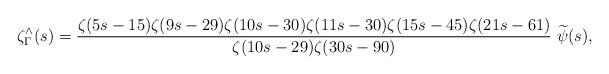
LaTeX: \begin{align*} \zeta^{\wedge}_\Gamma(s) = \frac{\zeta(5s-15) \zeta(9s-29) \zeta(10s-30) \zeta(11s-30) \zeta(15s-45) \zeta(21s-61) }{\zeta(10s-29) \zeta(30s-90)} \; \widetilde{\psi}(s), \end{align*}